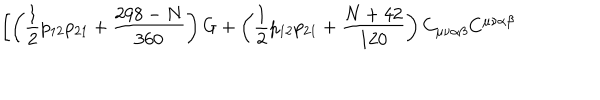
\left[ \left( \frac { 1 } { 2 } p _ { 1 2 } p _ { 2 1 } + \frac { 2 9 8 - N } { 3 6 0 } \right) G + \left( \frac { 1 } { 2 } p _ { 1 2 } p _ { 2 1 } + \frac { N + 4 2 } { 1 2 0 } \right) C _ { \mu \nu \alpha \beta } C ^ { \mu \nu \alpha \beta } \right.